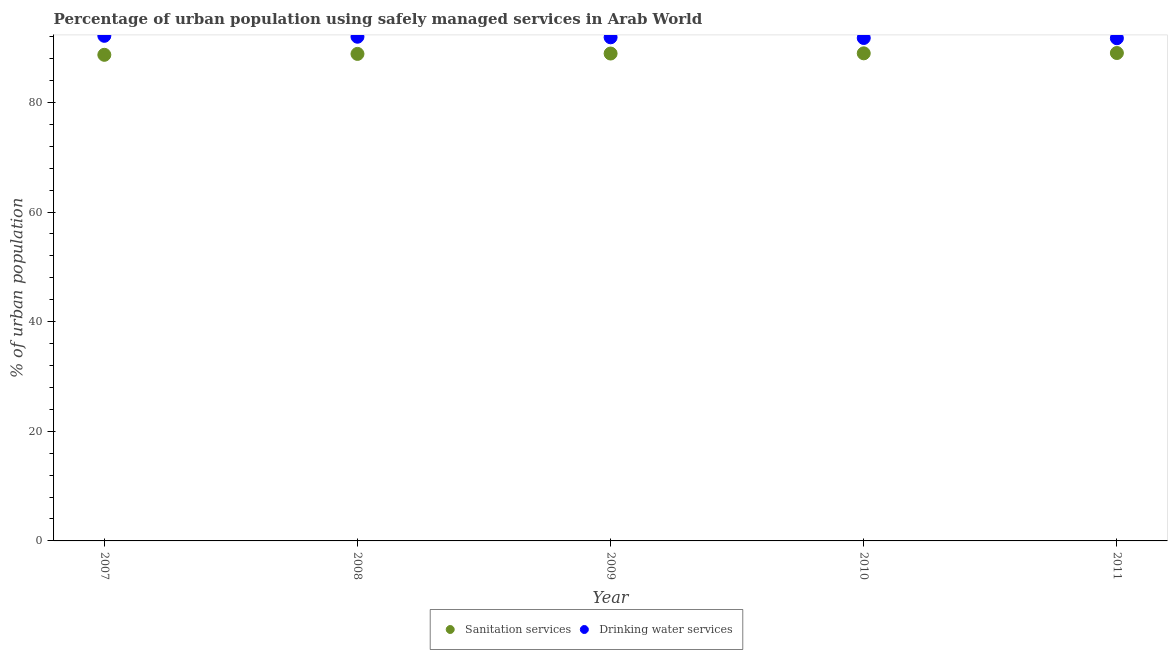
| Year | Sanitation services | Drinking water services |
 | --- | --- | --- |
 | 2007 | 88.7 | 92.1 |
 | 2008 | 88.8 | 92 |
 | 2009 | 88.9 | 91.9 |
 | 2010 | 89 | 91.7 |
 | 2011 | 89 | 91.7 |